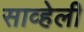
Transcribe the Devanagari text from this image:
साव्हेली